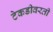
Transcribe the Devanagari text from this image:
टेकडीवरती